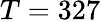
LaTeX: T=327